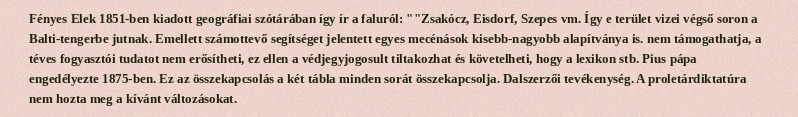
Fényes Elek 1851-ben kiadott geográfiai szótárában így ír a faluról: ""Zsakócz, Eisdorf, Szepes vm. Így e terület vizei végső soron a Balti-tengerbe jutnak. Emellett számottevő segítséget jelentett egyes mecénások kisebb-nagyobb alapítványa is. nem támogathatja, a téves fogyasztói tudatot nem erősítheti, ez ellen a védjegyjogosult tiltakozhat és követelheti, hogy a lexikon stb. Pius pápa engedélyezte 1875-ben. Ez az összekapcsolás a két tábla minden sorát összekapcsolja. Dalszerzői tevékenység. A proletárdiktatúra nem hozta meg a kívánt változásokat.